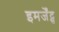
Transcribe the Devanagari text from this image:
इमर्जेंट्स